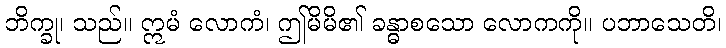
ဘိက္ခု၊ သည်။ ဣမံ လောကံ၊ ဤမိမိ၏ ခန္ဓာစသော လောကကို။ ပဘာသေတိ၊